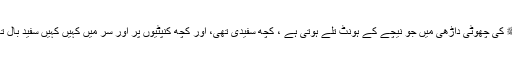
آپﷺ کی چھوٹی داڑھی میں جو نیچے کے ہونٹ تلے ہوتی ہے ، کچھ سفیدی تھی، اور کچھ کنپٹیوں پر اور سر میں کہیں کہیں سفید بال تھے۔